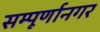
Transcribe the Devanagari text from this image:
सम्पूर्णानगर